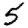
Digit: 5